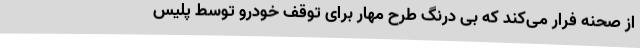
از صحنه فرار می‌کند که بی درنگ طرح مهار برای توقف خودرو توسط پلیس